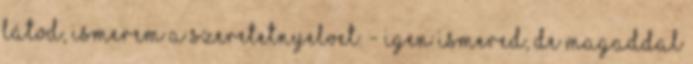
látod, ismerem a szeretetnyelvet. - Igen ismered, de magaddal